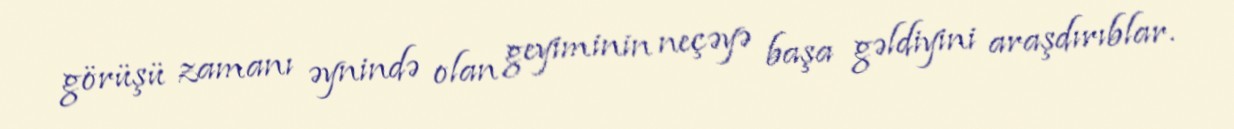
görüşü zamanı əynində olan geyiminin neçəyə başa gəldiyini araşdırıblar.